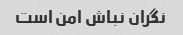
نگران نباش امن است